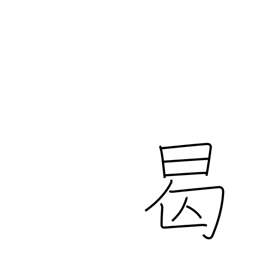
Meaning: when